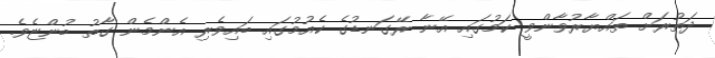
ދަތުރަށް ތައްޔާރުވާންވީ ކަމުގައި އޭނާ ރޭގަނޑުގެ ކެއުމުގައި ބައިވެރި އެންމެން ގާތު ބުންޏެވެ.